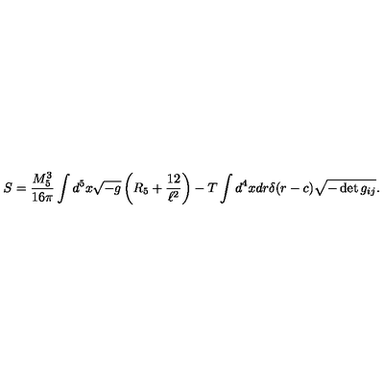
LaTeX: S = \frac { M _ { 5 } ^ { 3 } } { 1 6 \pi } \int d ^ { 5 } x \sqrt { - g } \left( R _ { 5 } + \frac { 1 2 } { \ell ^ { 2 } } \right) - T \int d ^ { 4 } x d r \delta ( r - c ) \sqrt { - \det g _ { i j } } .